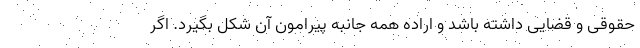
حقوقی و قضایی داشته باشد و اراده همه جانبه پیرامون آن شکل بگیرد. اگر